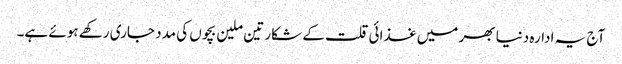
آج یہ ادارہ دنیا بھر میں غذائی قلت کے شکار تین ملین بچوں کی مدد جاری رکھے ہوئے ہے۔